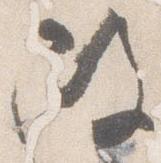
改